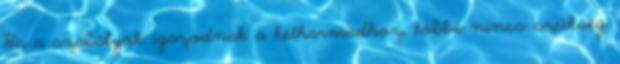
Ha a szabályok igazodnak a kétharmadhoz, többé nincs szükség